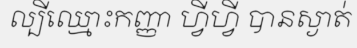
ល្បីឈ្មោះកញ្ញា ហ្វីហ្វី បានស្ងាត់